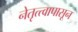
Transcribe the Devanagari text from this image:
नेतृत्त्वापासून